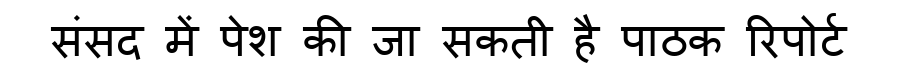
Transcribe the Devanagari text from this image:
संसद में पेश की जा सकती है पाठक रिपोर्ट